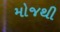
મોજથી